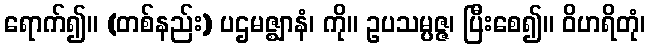
ရောက်၍။ (တစ်နည်း) ပဌမဇ္ဈာနံ၊ ကို။ ဥပသမ္ပဇ္ဇ၊ ပြီးစေ၍။ ဝိဟရိတုံ၊